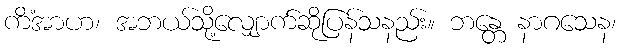
ကိံအာဟ၊ အဘယ်သို့လျှောက်ဆိုပြန်သနည်း။ ဘန္တေ နာဂသေန၊